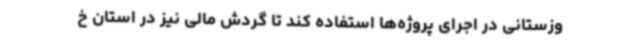
وزستانی در اجرای پروژه‌ها استفاده کند تا گردش مالی نیز در استان خ